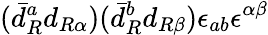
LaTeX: (\bar{d}_{R}^{a}d_{R\alpha})(\bar{d}_{R}^{b}d_{R\beta})\epsilon_{ab}\epsilon^{\alpha\beta}